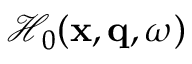
\mathcal { H } _ { 0 } ( \mathbf { x } , \mathbf { q } , \omega )